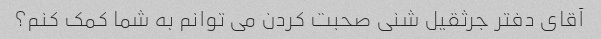
آقای دفتر جرثقیل شنی صحبت کردن می توانم به شما کمک کنم؟